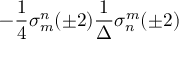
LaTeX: - \frac { 1 } { 4 } \sigma _ { m } ^ { n } ( \pm 2 ) \frac { 1 } { \Delta } \sigma _ { n } ^ { m } ( \pm 2 )